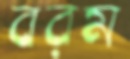
বরম